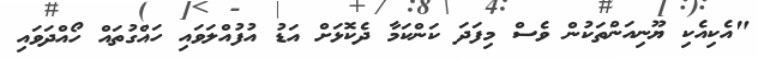
"އެކިއެކި ޔޫނިއަންތަކުން ވެސް މިފަދަ ކަންކަމާ ދެކޮޅަށް އަޑު އުފުއްލަވައި ހައްގުތައް ހޯއްދަވައި